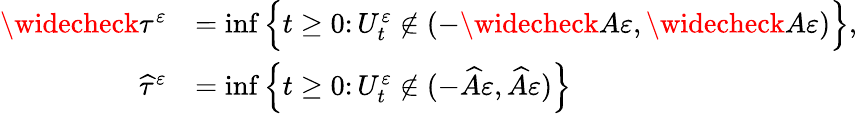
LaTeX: \begin{array}{rl}{\widecheck\tau^{\varepsilon}}&{=\operatorname*{inf}\Big\{ t\geq 0\colon U_{t}^{\varepsilon}\notin(-\widecheck A\varepsilon,\widecheck A\varepsilon)\Big\} ,}\\ {\widehat\tau^{\varepsilon}}&{=\operatorname*{inf}\Big\{ t\geq 0\colon U_{t}^{\varepsilon}\notin(-\widehat A\varepsilon,\widehat A\varepsilon)\Big\} }\end{array}